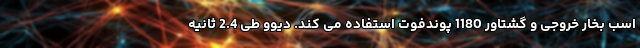
اسب بخار خروجی و گشتاور 1180 پوندفوت استفاده می کند. دیوو طی 2.4 ثانیه